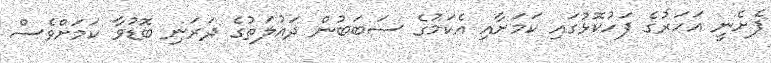
ފެށެނީ އަހަރުގެ ފަހުކޮޅުގައި ކަމަށާއި އެކަމުގެ ސަބަބުން ދައުލަތުގެ ދަރަނި ބޮޑުވާ ކަމަށްވެސް